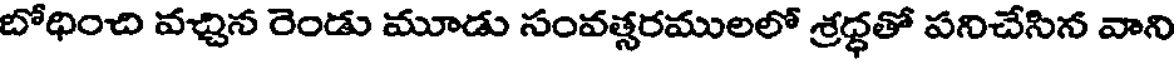
బోధించి వచ్చిన రెండు మూడు సంవత్సరములలో శ్రద్ధతో పనిచేసిన వాని